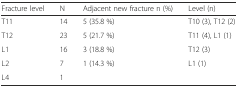
<table><thead><tr><td><b>Fracture level</b></td><td><b>N</b></td><td><b>Adjacent new fracture n (%)</b></td><td><b>Level (n)</b></td></tr></thead><tbody><tr><td>T11</td><td>14</td><td>5 (35.8 %)</td><td>T10 (3), T12 (2)</td></tr><tr><td>T12</td><td>23</td><td>5 (21.7 %)</td><td>T11 (4), L1 (1)</td></tr><tr><td>L1</td><td>16</td><td>3 (18.8 %)</td><td>T12 (3)</td></tr><tr><td>L2</td><td>7</td><td>1 (14.3 %)</td><td>L1 (1)</td></tr><tr><td>L4</td><td>1</td><td></td><td></td></tr></tbody></table>